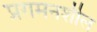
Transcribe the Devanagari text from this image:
प्रगमनशील